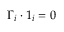
\boldsymbol { \Gamma } _ { i } \boldsymbol { \cdot } \boldsymbol { 1 } _ { i } = 0